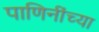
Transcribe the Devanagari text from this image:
पाणिनींच्या